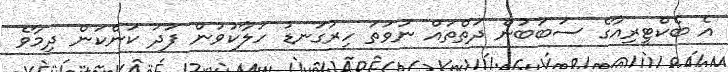
އެ ބެކްޓީރިއާގެ ސަބަބުން ދަތްތައް ނުވަތަ ހިރުގަނޑު ހަލާކުވުން ފަދަ ކަންކަން ދިމާވެ